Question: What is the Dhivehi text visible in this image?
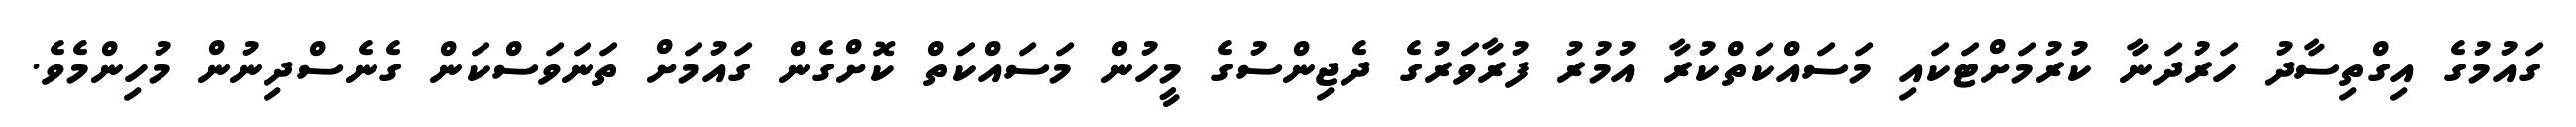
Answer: ގައުމުގެ އިގްތިސާދު ހަރުދަނާ ކުރުމަށްޓަކައި މަސައްކަތްކުރާ އުމުރު ފުރާވަރުގެ ދެޖިންސުގެ މީހުން މަސައްކަތް ކޮށްގެން ގައުމަށް ތަނަވަސްކަން ގެނެސްދިނުން މުހިންމެވެ.